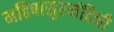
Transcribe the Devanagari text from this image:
महिषासुरमंदिनी